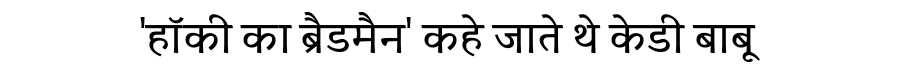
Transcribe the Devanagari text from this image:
'हॉकी का ब्रैडमैन' कहे जाते थे केडी बाबू